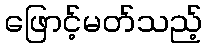
ဖြောင့်မတ်သည့်